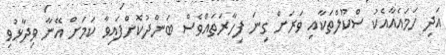
އަދި ހަމައެއާއެކު ސްކޫލްތަކާއި ވަރަށް ގިނަ ފިހާރަތައްވެސް ބަންދުކޮށްފައިވާ ކަމަށް އޭނާ ވިދާޅުވި